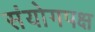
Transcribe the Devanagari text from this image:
संयोगपक्ष